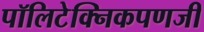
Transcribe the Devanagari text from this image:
पॉलिटेक्निकपणजी